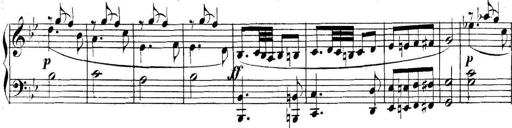
Title: Collected Piano Sonatas
Composer: Muzio Clementi